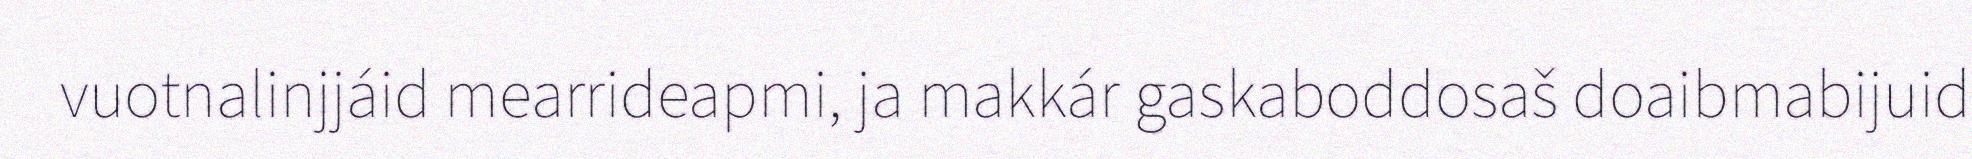
vuotnalinjjáid mearrideapmi, ja makkár gaskaboddosaš doaibmabijuid